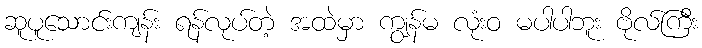
ဆူပူသောင်းကျန်း ရန်လုပ်တဲ့ အထဲမှာ ကျွန်မ လုံးဝ မပါပါဘူး ဗိုလ်ကြီး